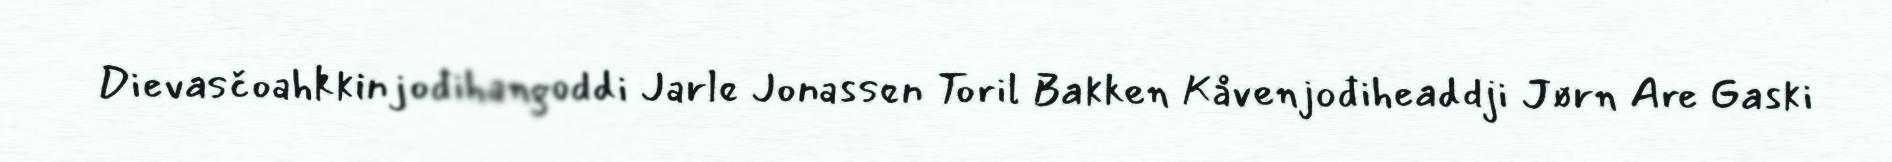
Dievasčoahkkinjođihangoddi Jarle Jonassen Toril Bakken Kåvenjođiheaddji Jørn Are Gaski